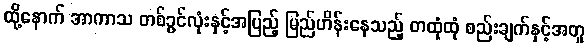
ထို့နောက် အာကာသ တစ်ခွင်လုံးနှင့်အပြည့် မြည်ဟိန်းနေသည့် တထုံထုံ စည်းချက်နှင့်အတူ